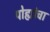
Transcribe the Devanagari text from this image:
पोह्यांचा